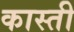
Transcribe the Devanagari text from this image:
कास्ती